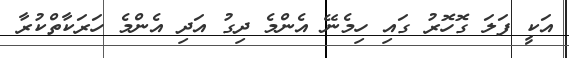
އަކީ ފަލަ ގޮހޮރު ގައި ހިމެނޭ އެންމެ ދިގު އަދި އެންމެ ހަރަކާތްކުރާ